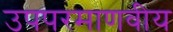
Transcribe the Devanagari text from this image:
उपपरमाणवीय